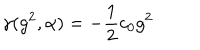
\gamma ( g ^ { 2 } , \alpha ) = - \frac { 1 } { 2 } c _ { 0 } g ^ { 2 }